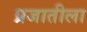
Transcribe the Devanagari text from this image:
प्रजातीला